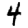
Digit: 4